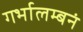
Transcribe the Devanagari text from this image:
गर्भालम्बनं